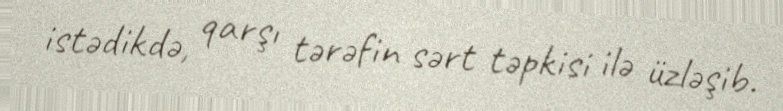
istədikdə, qarşı tərəfin sərt təpkisi ilə üzləşib.